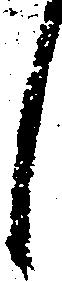
し